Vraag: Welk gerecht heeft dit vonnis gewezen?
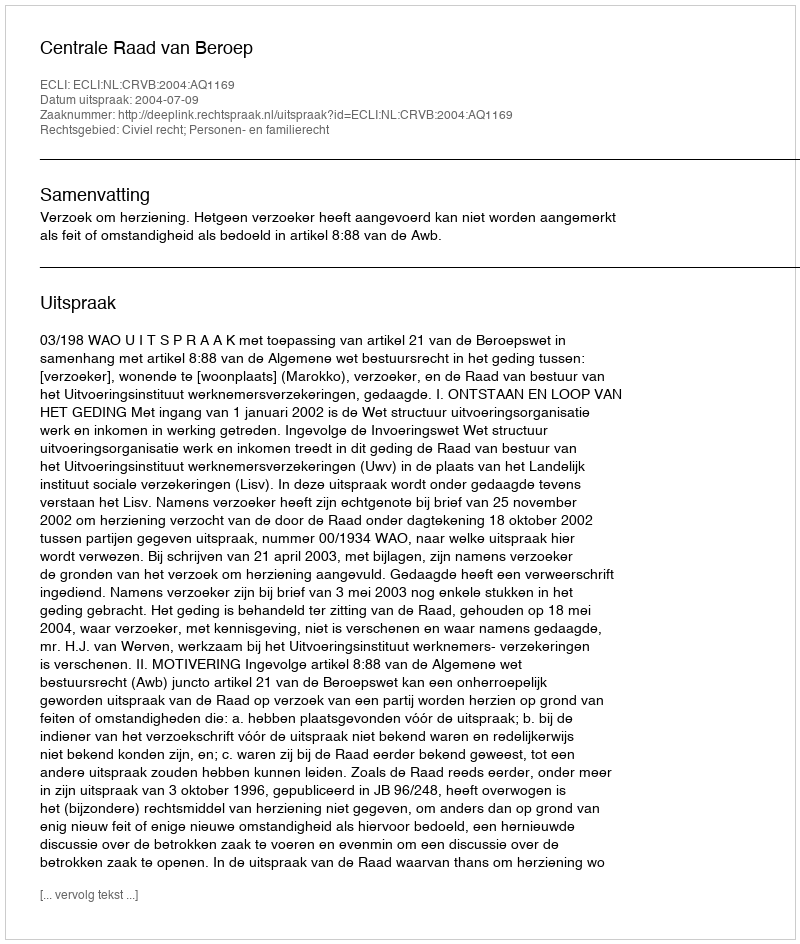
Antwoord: Centrale Raad van Beroep